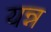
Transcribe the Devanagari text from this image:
यन्न